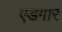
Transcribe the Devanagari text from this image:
एडगार